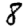
Digit: 8